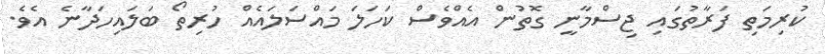
ކުރިމަތި ފަރާތުގައި ޖިސްމާނީ ގޮތުން އެއްވެސް ކަހަލަ މައްސަލައެއް ހުރިތޯ ބަލައިހަދާނެ އެވެ.